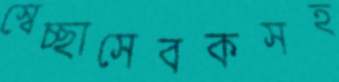
স্বেচ্ছাসেবকসহ